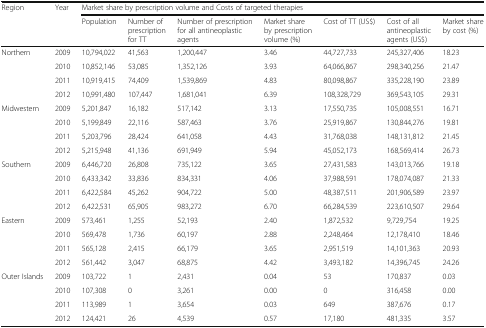
<table><thead><tr><td rowspan="2"><b>Region</b></td><td rowspan="2"><b>Year</b></td><td colspan="7"><b>Market share by prescription volume and Costs of targeted therapies</b></td></tr><tr><td><b>Population</b></td><td><b>Number of prescription for TT</b></td><td><b>Number of prescription for all antineoplastic agents</b></td><td><b>Market share by prescription volume (%)</b></td><td><b>Cost of TT (US$)</b></td><td><b>Cost of all antineoplastic agents (US$)</b></td><td><b>Market share by cost (%)</b></td></tr></thead><tbody><tr><td rowspan="4">Northern</td><td>2009</td><td>10,794,022</td><td>41,563</td><td>1,200,447</td><td>3.46</td><td>44,727,733</td><td>245,327,406</td><td>18.23</td></tr><tr><td>2010</td><td>10,852,146</td><td>53,085</td><td>1,352,126</td><td>3.93</td><td>64,066,867</td><td>298,340,256</td><td>21.47</td></tr><tr><td>2011</td><td>10,919,415</td><td>74,409</td><td>1,539,869</td><td>4.83</td><td>80,098,867</td><td>335,228,190</td><td>23.89</td></tr><tr><td>2012</td><td>10,991,480</td><td>107,447</td><td>1,681,041</td><td>6.39</td><td>108,328,729</td><td>369,543,105</td><td>29.31</td></tr><tr><td rowspan="4">Midwestern</td><td>2009</td><td>5,201,847</td><td>16,182</td><td>517,142</td><td>3.13</td><td>17,550,735</td><td>105,008,551</td><td>16.71</td></tr><tr><td>2010</td><td>5,199,849</td><td>22,116</td><td>587,463</td><td>3.76</td><td>25,919,867</td><td>130,844,276</td><td>19.81</td></tr><tr><td>2011</td><td>5,203,796</td><td>28,424</td><td>641,058</td><td>4.43</td><td>31,768,038</td><td>148,131,812</td><td>21.45</td></tr><tr><td>2012</td><td>5,215,948</td><td>41,136</td><td>691,949</td><td>5.94</td><td>45,052,173</td><td>168,569,414</td><td>26.73</td></tr><tr><td rowspan="4">Southern</td><td>2009</td><td>6,446,720</td><td>26,808</td><td>735,122</td><td>3.65</td><td>27,431,583</td><td>143,013,766</td><td>19.18</td></tr><tr><td>2010</td><td>6,433,342</td><td>33,836</td><td>834,331</td><td>4.06</td><td>37,988,591</td><td>178,074,087</td><td>21.33</td></tr><tr><td>2011</td><td>6,422,584</td><td>45,262</td><td>904,722</td><td>5.00</td><td>48,387,511</td><td>201,906,589</td><td>23.97</td></tr><tr><td>2012</td><td>6,422,531</td><td>65,905</td><td>983,272</td><td>6.70</td><td>66,284,539</td><td>223,610,507</td><td>29.64</td></tr><tr><td rowspan="4">Eastern</td><td>2009</td><td>573,461</td><td>1,255</td><td>52,193</td><td>2.40</td><td>1,872,532</td><td>9,729,754</td><td>19.25</td></tr><tr><td>2010</td><td>569,478</td><td>1,736</td><td>60,197</td><td>2.88</td><td>2,248,464</td><td>12,178,410</td><td>18.46</td></tr><tr><td>2011</td><td>565,128</td><td>2,415</td><td>66,179</td><td>3.65</td><td>2,951,519</td><td>14,101,363</td><td>20.93</td></tr><tr><td>2012</td><td>561,442</td><td>3,047</td><td>68,875</td><td>4.42</td><td>3,493,182</td><td>14,396,745</td><td>24.26</td></tr><tr><td rowspan="4">Outer Islands</td><td>2009</td><td>103,722</td><td>1</td><td>2,431</td><td>0.04</td><td>53</td><td>170,837</td><td>0.03</td></tr><tr><td>2010</td><td>107,308</td><td>0</td><td>3,261</td><td>0.00</td><td>0</td><td>316,458</td><td>0.00</td></tr><tr><td>2011</td><td>113,989</td><td>1</td><td>3,654</td><td>0.03</td><td>649</td><td>387,676</td><td>0.17</td></tr><tr><td>2012</td><td>124,421</td><td>26</td><td>4,539</td><td>0.57</td><td>17,180</td><td>481,335</td><td>3.57</td></tr></tbody></table>